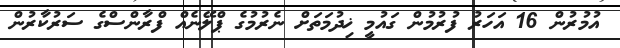
އުމުރުން 16 އަހަރު ފުރުމުން ގައުމީ ޚިދުމަތަށް ނެރުމުގެ ޕްލޭނެއް ފްރާންސްގެ ސަރުކާރުން